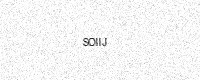
Text: SOIIJ